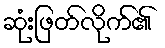
ဆုံးဖြတ်လိုက်၏